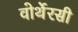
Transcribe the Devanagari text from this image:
वोर्थेरसी